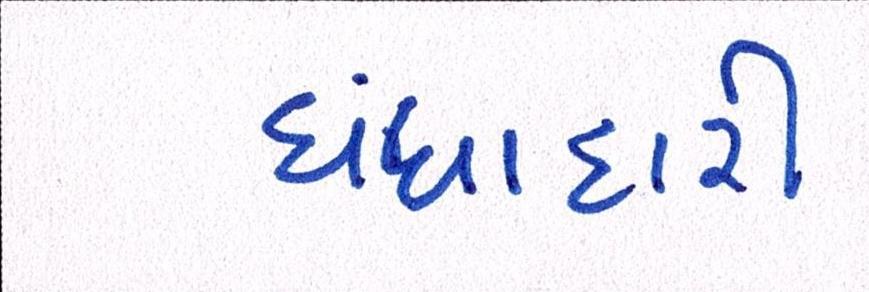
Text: ધંધાદારી